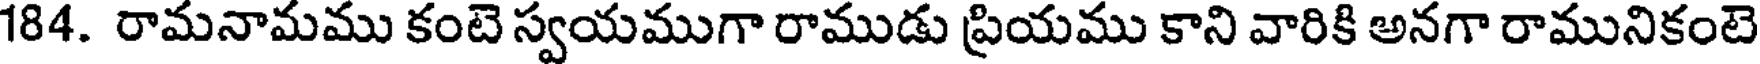
184. రామనామము కంటె స్వయముగా రాముడు ప్రియము కాని వారికి అనగా రామునికంటె